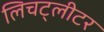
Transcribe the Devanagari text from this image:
लिचट्लीटर